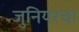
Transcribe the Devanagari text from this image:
जुनियरचा